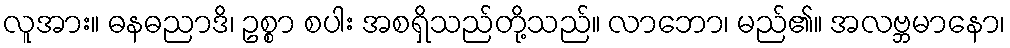
လူအား။ ဓနဓညာဒိ၊ ဥစ္စာ စပါး အစရှိသည်တို့သည်။ လာဘော၊ မည်၏။ အလဗ္ဘမာနော၊